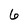
Character: 6